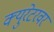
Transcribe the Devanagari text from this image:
क्युरेटरवर